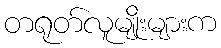
တရုတ်လူမျိုးများက